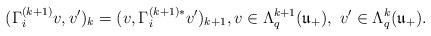
LaTeX: \begin{align*}(\Gamma_i^{(k + 1)} v, v^\prime)_{k} = (v, \Gamma_i^{(k + 1)*} v^\prime)_{k + 1}, v \in \Lambda_q^{k + 1} (\mathfrak{u}_+), \ v^\prime \in \Lambda_{q}^{k} (\mathfrak{u}_+).\end{align*}